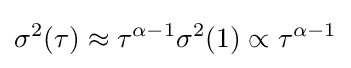
\sigma ^{2}(\tau )\approx \tau ^{\alpha -1}\sigma ^{2}(1)\propto \tau ^{\alpha -1}